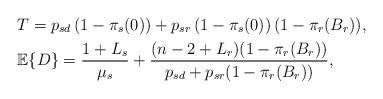
LaTeX: \begin{align*}& T =p_{sd}\left(1-\pi_s(0) \right)+p_{sr} \left(1-\pi_s(0) \right) (1-\pi_r(B_r)), \\& \mathbb{E}\{D\}= \frac{1+L_s}{\mu_s}+\frac{(n-2+L_r)(1-\pi_r(B_r))}{p_{sd}+p_{sr}(1-\pi_r(B_r))}, \end{align*}